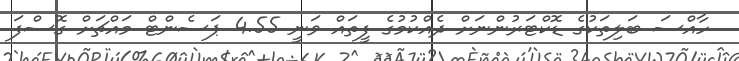
ހާއްސަ ބަލިތަކުގެ ޑޮކްޓަރުންނަށް ދެއްކުމުގެ ފީތައް ވަނީ 4.55 ޕަސެންޓް މައްޗަށް ގޮސްފަ